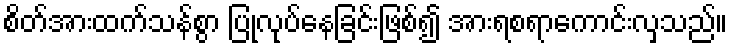
စိတ်အားထက်သန်စွာ ပြုလုပ်နေခြင်းဖြစ်၍ အားရစရာကောင်းလှသည်။